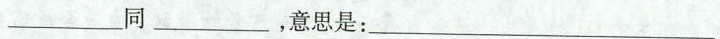
___同___，意思是：___